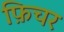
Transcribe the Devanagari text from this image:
फ़िचर